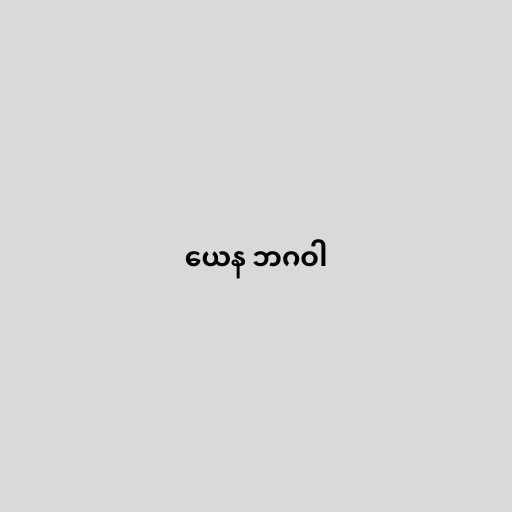
ယေန ဘဂဝါ